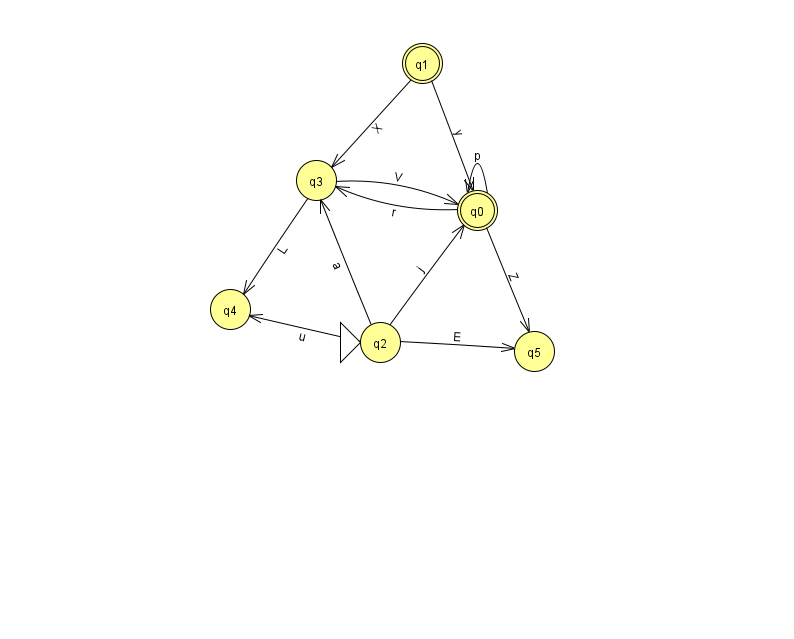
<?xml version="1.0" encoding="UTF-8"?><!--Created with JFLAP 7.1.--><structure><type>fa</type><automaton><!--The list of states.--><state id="0" name="q0"><x>477.0</x><y>197.0</y><final/></state><state id="1" name="q1"><x>422.0</x><y>50.0</y><final/></state><state id="2" name="q2"><x>380.0</x><y>329.0</y><initial/></state><state id="3" name="q3"><x>316.0</x><y>167.0</y></state><state id="4" name="q4"><x>230.0</x><y>296.0</y></state><state id="5" name="q5"><x>534.0</x><y>338.0</y></state><!--The list of transitions.--><transition><from>0</from><to>0</to><read>p</read></transition><transition><from>3</from><to>0</to><read>V</read></transition><transition><from>0</from><to>3</to><read>r</read></transition><transition><from>2</from><to>5</to><read>E</read></transition><transition><from>0</from><to>5</to><read>Z</read></transition><transition><from>2</from><to>0</to><read>j</read></transition><transition><from>1</from><to>0</to><read>y</read></transition><transition><from>3</from><to>4</to><read>L</read></transition><transition><from>2</from><to>3</to><read>a</read></transition><transition><from>2</from><to>4</to><read>u</read></transition><transition><from>1</from><to>3</to><read>X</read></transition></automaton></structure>